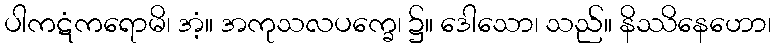
ပါကဋံကရောမိ၊ အံ့။ အကုသလပက္ခေ၊ ၌။ ဒေါသော၊ သည်။ နိဿိနေဟော၊